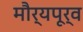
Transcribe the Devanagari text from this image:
मौर्यपूर्व